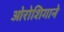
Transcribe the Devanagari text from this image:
ओरोशिगाने